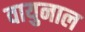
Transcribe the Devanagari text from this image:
वायुनाल